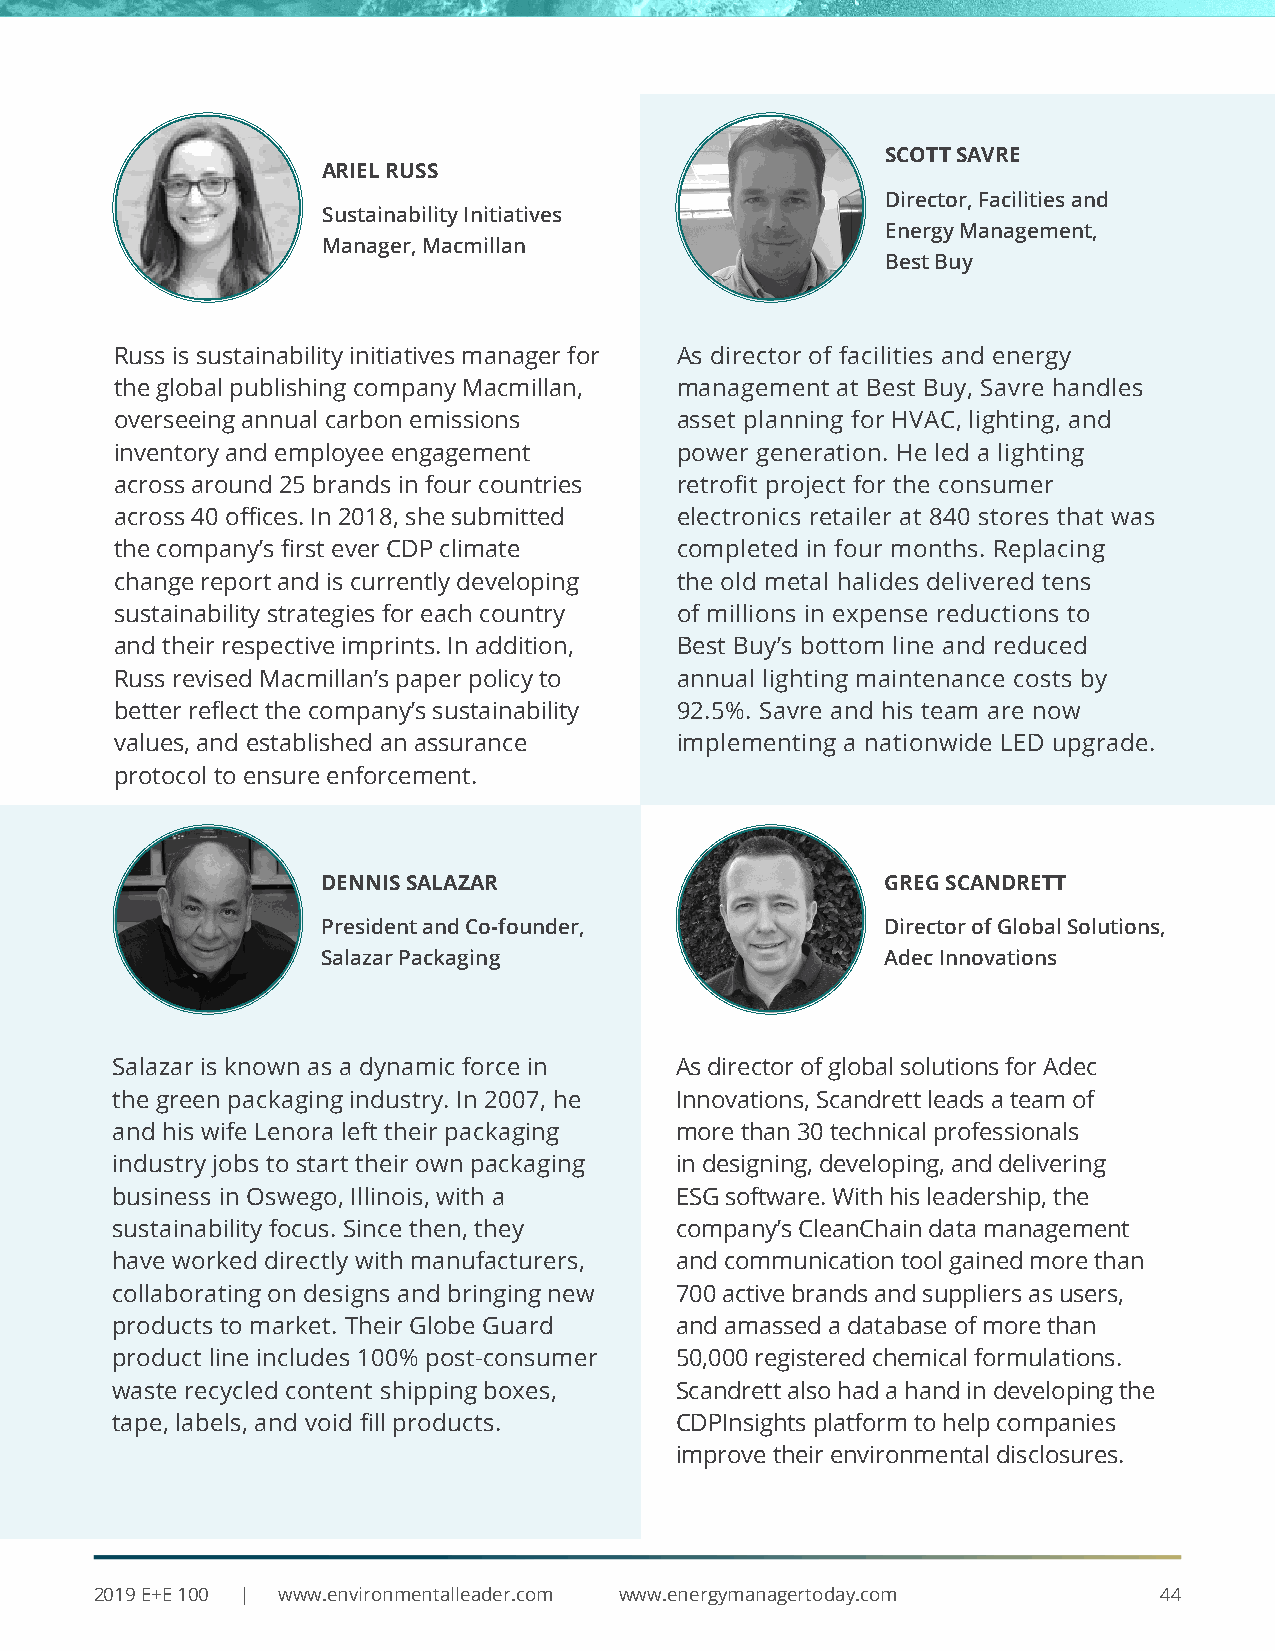
SCOTT SAVRE
 ARIEL RUSS
 Director, Facilities and
 Sustainability Initiatives
 Energy Management,
 Manager, Macmillan
 Best Buy
 Russ is sustainability initiatives manager for As director of facilities and energy
 the global publishing company Macmillan, management at Best Buy, Savre handles
 overseeing annual carbon emissions   asset planning for HVAC, lighting, and
 inventory and employee engagement    power generation. He led a lighting
 across around 25 brands in four countries retrofit project for the consumer
 across 40 offices. In 2018, she submitted electronics retailer at 840 stores that was
 the company’s first ever CDP climate completed in four months. Replacing
 change report and is currently developing the old metal halides delivered tens
 sustainability strategies for each country of millions in expense reductions to
 and their respective imprints. In addition, Best Buy’s bottom line and reduced
 Russ revised Macmillan’s paper policy to annual lighting maintenance costs by
 better reflect the company’s sustainability 92.5%. Savre and his team are now
 values, and established an assurance implementing a nationwide LED upgrade.
 protocol to ensure enforcement.
 DENNIS SALAZAR                        GREG SCANDRETT
 President and Co-founder,             Director of Global Solutions,
 Salazar Packaging                     Adec Innovations
 Salazar is known as a dynamic force in As director of global solutions for Adec
 the green packaging industry. In 2007, he Innovations, Scandrett leads a team of
 and his wife Lenora left their packaging more than 30 technical professionals
 industry jobs to start their own packaging in designing, developing, and delivering
 business in Oswego, Illinois, with a  ESG software. With his leadership, the
 sustainability focus. Since then, they company’s CleanChain data management
 have worked directly with manufacturers, and communication tool gained more than
 collaborating on designs and bringing new 700 active brands and suppliers as users,
 products to market. Their Globe Guard and amassed a database of more than
 product line includes 100% post-consumer 50,000 registered chemical formulations.
 waste recycled content shipping boxes, Scandrett also had a hand in developing the
 tape, labels, and void fill products. CDPInsights platform to help companies
 improve their environmental disclosures.
 2019 E+E 100 | www.environmentalleader.com www.energymanagertoday.com  44